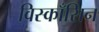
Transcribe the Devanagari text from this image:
विस्काँसिन